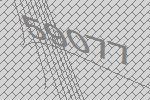
59077